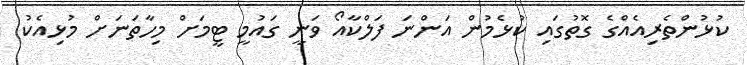
ކުޅުންތެރިއެއްގެ ގޮތުގައި ކުޅެމުން އަންނަ ފަލްކާއޯ ވަނީ ގައުމީ ޓީމަށް މިހާތަނަށް މުޅިއެކު